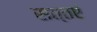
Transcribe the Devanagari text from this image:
सत्तएं